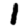
Digit: 1